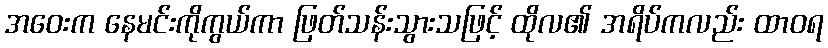
အဝေးက နေမင်းကိုကွယ်ကာ ဖြတ်သန်းသွားသဖြင့် ထိုလ၏ အရိပ်ကလည်း ထာဝရ